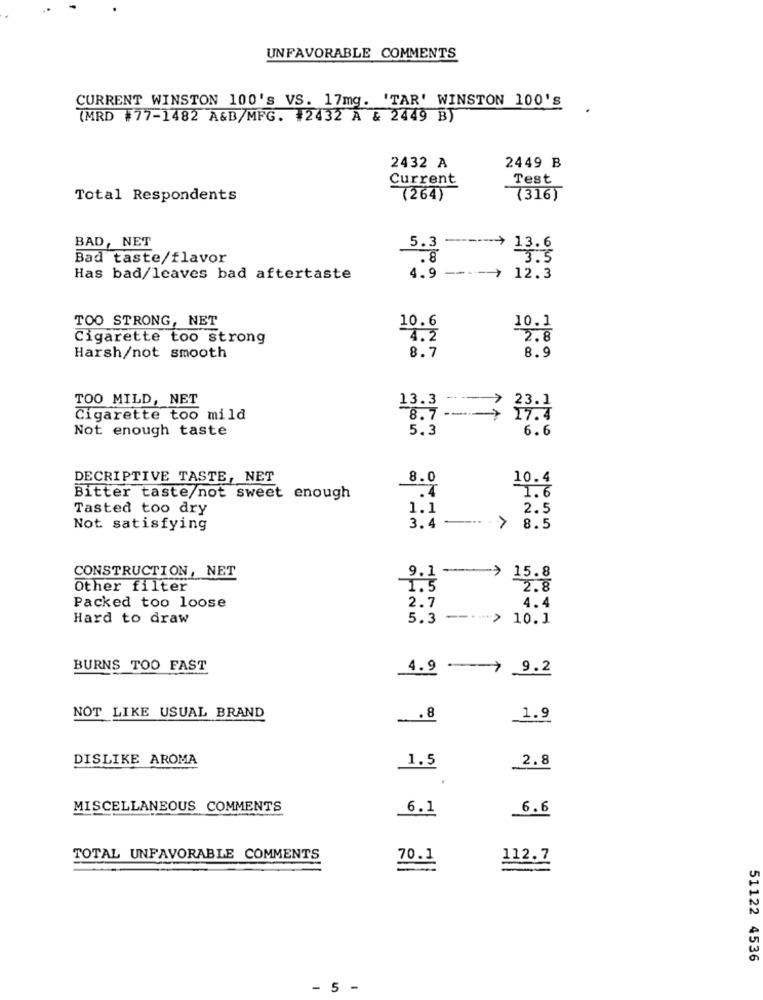
UNFAVORABLE COMMENTS
CURRENT WINSTON 100's VS. 17mg. 'TAR' WINSTON 100'S
(MRD #77-1482 A&B/MFG. #2432 A & 2449 B)
2449 B
2432 A
Current
Test
Total Respondents
(264)
(316)
BAD, NET
5.3 --- > 13.6
Bad taste/flavor
.8
3.5
Has bad/leaves bad aftertaste
4.9 ---- > 12.3
TOO STRONG, NET
10.6
10.1
Cigarette too strong
4.2
2.8
8.7
Harsh/not smooth
8.9
TOO MILD, NET
13.3
} 23.1
Cigarette too mild
8.7 --- >
Not enough taste
5.3
6.6
DECRIPTIVE TASTE, NET
8.0
10.4
1.6
Bitter taste/not sweet enough
.4
Tasted too dry
1.1
2.5
Not satisfying
3.4 -- > 8.5
CONSTRUCTION, NET
9.1 -> 15.8
Other filter
1.5
2.8
2.7
Packed too loose
4.4
Hard to draw
5.3 --- > 10.1
BURNS TOO FAST
4.9 > 9.2
NOT LIKE USUAL BRAND
... 8
1.9
DISLIKE AROMA
1.5
2.8
MISCELLANEOUS COMMENTS
6.1
6.6
TOTAL UNFAVORABLE COMMENTS
70.1
112.7
51122 4536
- 5 -